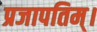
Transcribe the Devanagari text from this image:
प्रजापतिम्।